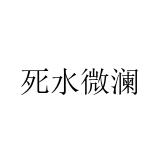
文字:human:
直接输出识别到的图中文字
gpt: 死水微澜